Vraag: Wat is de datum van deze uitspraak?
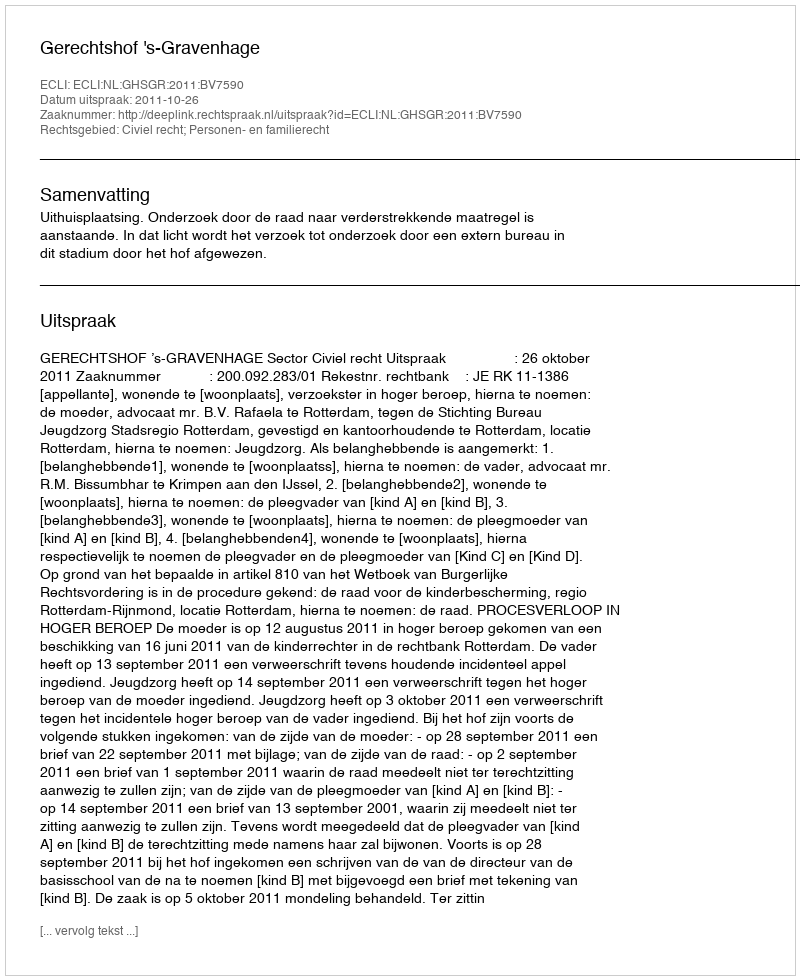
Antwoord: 2011-10-26